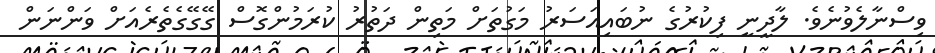
ވިސްނާލެވުނެވެ. ލާދީނީ ފިކުރުގެ ނުބައިއަސަރު މަގުތަށް މަތިން ދަތުރު ކުރަމުންގޮސް ގޭގޭގެތެރެއަށް ވަންނަން